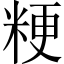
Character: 粳